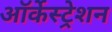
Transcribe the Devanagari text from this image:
ऑर्केस्ट्रेशन